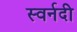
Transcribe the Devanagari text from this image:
स्वर्नदी